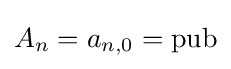
A_{n}=a_{n,0}={\text{pub}}